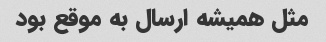
مثل همیشه ارسال به موقع بود